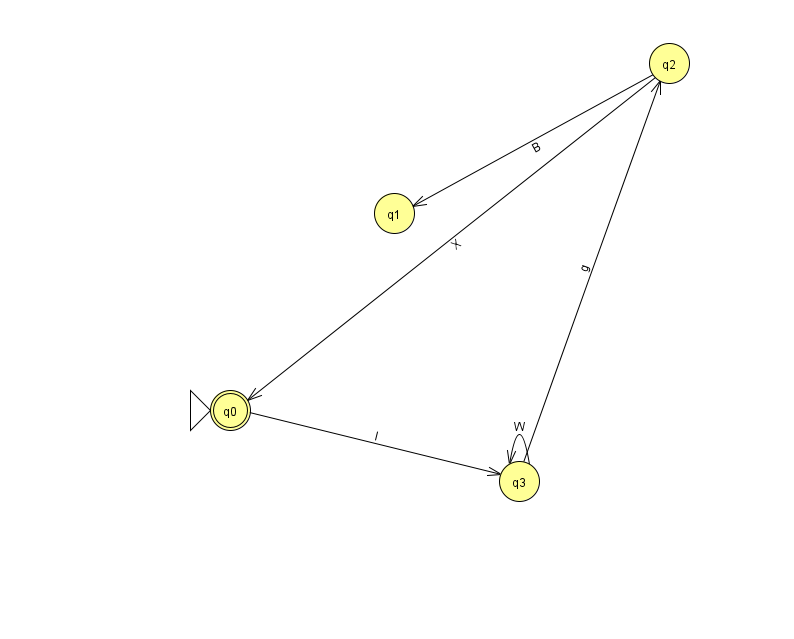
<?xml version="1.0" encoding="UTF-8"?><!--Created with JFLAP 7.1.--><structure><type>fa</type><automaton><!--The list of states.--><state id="0" name="q0"><x>230.0</x><y>397.0</y><initial/><final/></state><state id="1" name="q1"><x>394.0</x><y>200.0</y></state><state id="2" name="q2"><x>669.0</x><y>50.0</y></state><state id="3" name="q3"><x>519.0</x><y>468.0</y></state><!--The list of transitions.--><transition><from>2</from><to>0</to><read>X</read></transition><transition><from>3</from><to>2</to><read>g</read></transition><transition><from>0</from><to>3</to><read>I</read></transition><transition><from>2</from><to>1</to><read>B</read></transition><transition><from>3</from><to>3</to><read>W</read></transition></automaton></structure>